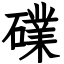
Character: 礏